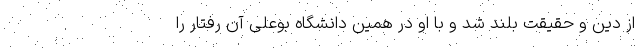
از دین و حقیقت بلند شد و با او در همین دانشگاه بوعلی آن رفتار را